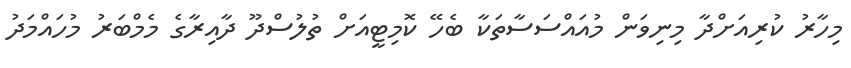
މިހާރު ކުރިއަށްދާ މިނިވަން މުއައްސަސާތަކާ ބެހޭ ކޮމިޓީއަށް ތުލުސްދޫ ދާއިރާގެ މެމްބަރު މުހައްމަދު